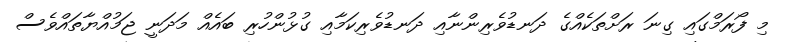
މި ފޯރަމްގައި ގިނަ ރަށްތަކެއްގެ ދަނޑުވެރިންނާއި ދަނޑުވެރިކަމާއި ގުޅުންހުރި ބައެއް މަދަނީ ޖަމުއްޔާތައްވެސް